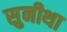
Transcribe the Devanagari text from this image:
सुनीथा